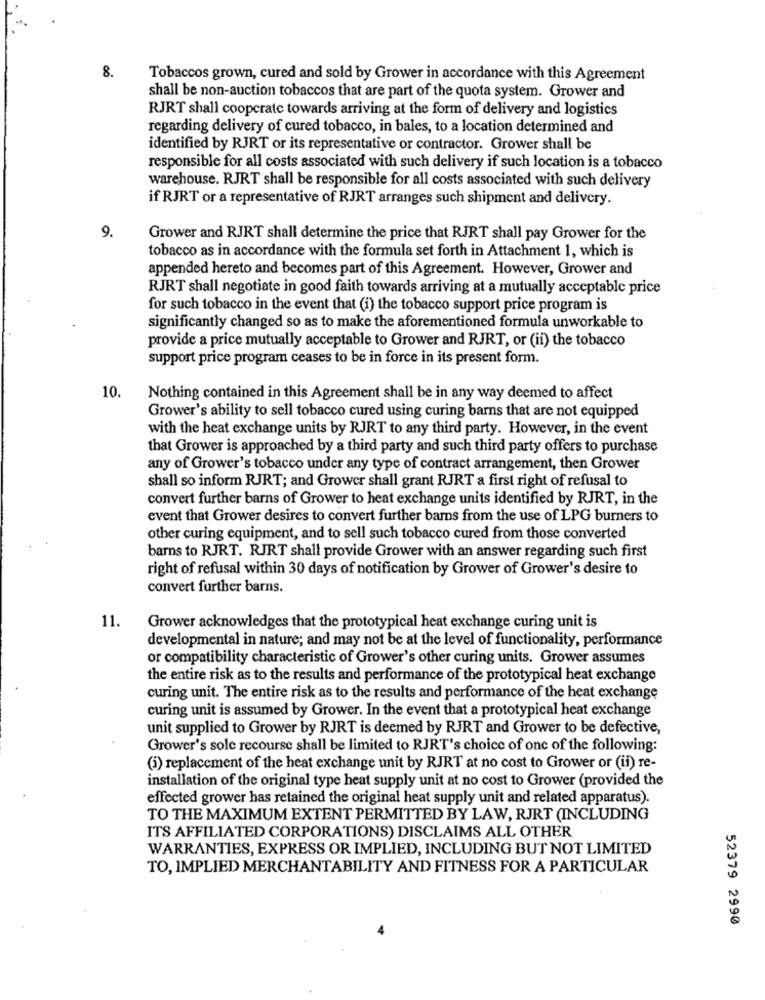
8.
Tobaccos grown, cured and sold by Grower in accordance with this Agreement
shall be non-auction tobaccos that are part of the quota system. Grower and
RJRT shall cooperate towards arriving at the form of delivery and logistics
regarding delivery of cured tobacco, in bales, to a location determined and
identified by RJRT or its representative or contractor. Grower shall be
responsible for all costs associated with such delivery if such location is a tobacco
warehouse. RJRT shall be responsible for all costs associated with such delivery
if RJRT or a representative of RJRT arranges such shipment and delivery.
9.
Grower and RJRT shall determine the price that RJRT shall pay Grower for the
tobacco as in accordance with the formula set forth in Attachment 1, which is
appended hereto and becomes part of this Agreement. However, Grower and
RJRT shall negotiate in good faith towards arriving at a mutually acceptable price
for such tobacco in the event that (i) the tobacco support price program is
significantly changed so as to make the aforementioned formula unworkable to
provide a price mutually acceptable to Grower and RJRT, or (ii) the tobacco
support price program ceases to be in force in its present form.
10.
Nothing contained in this Agreement shall be in any way deemed to affect
Grower's ability to sell tobacco cured using curing barns that are not equipped
with the heat exchange units by RJRT to any third party. However, in the event
that Grower is approached by a third party and such third party offers to purchase
any of Grower's tobacco under any type of contract arrangement, then Grower
shall so inform RJRT; and Grower shall grant RJRT a first right of refusal to
convert further barns of Grower to heat exchange units identified by RJRT, in the
event that Grower desires to convert further barns from the use of LPG burners to
other curing equipment, and to sell such tobacco cured from those converted
barns to RJRT. RJRT shall provide Grower with an answer regarding such first
right of refusal within 30 days of notification by Grower of Grower's desire to
convert further barns.
11.
Grower acknowledges that the prototypical heat exchange curing unit is
developmental in nature; and may not be at the level of functionality, performance
or compatibility characteristic of Grower's other curing units. Grower assumes
the entire risk as to the results and performance of the prototypical heat exchange
curing unit. The entire risk as to the results and performance of the heat exchange
curing unit is assumed by Grower. In the event that a prototypical heat exchange
unit supplied to Grower by RJRT is deemed by RJRT and Grower to be defective,
Grower's sole recourse shall be limited to RJRT's choice of one of the following:
(i) replacement of the heat exchange unit by RJRT at no cost to Grower or (ii) re-
installation of the original type heat supply unit at no cost to Grower (provided the
effected grower has retained the original heat supply unit and related apparatus).
TO THE MAXIMUM EXTENT PERMITTED BY LAW, RJRT (INCLUDING
ITS AFFILIATED CORPORATIONS) DISCLAIMS ALL OTHER
WARRANTIES, EXPRESS OR IMPLIED, INCLUDING BUT NOT LIMITED
TO, IMPLIED MERCHANTABILITY AND FITNESS FOR A PARTICULAR
52379 2990